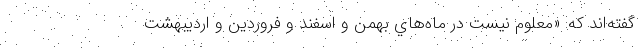
گفته‌اند که: «معلوم نيست در ماه‌هاي بهمن و اسفند و فروردين و ارديبهشت